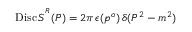
\mathrm { D i s c } \, S ^ { ^ { R } } ( P ) = 2 \pi \, \epsilon ( p ^ { o } ) \, \delta ( P ^ { 2 } - m ^ { 2 } ) \;